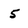
Character: 5